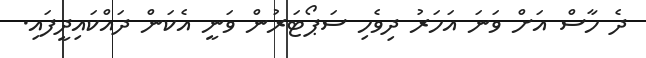
ދެ ހާސް އަަށް ވަނަ އަހަރު ދިވެހި ސަޕޯޓަރުން ވަނީ އެކަން ދައްކައިދީފައި.